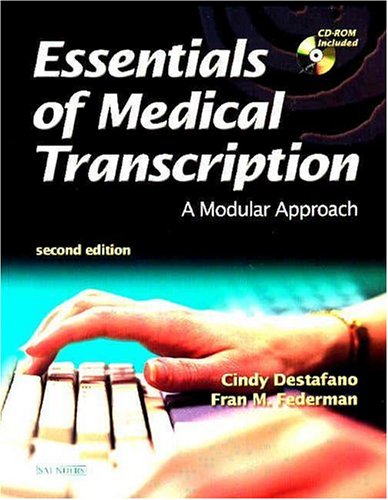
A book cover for Essentials Of Medical Transcription: A Modular Approach, 2e; Cynthia Destafano BSBa  RT(R); Medical Books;